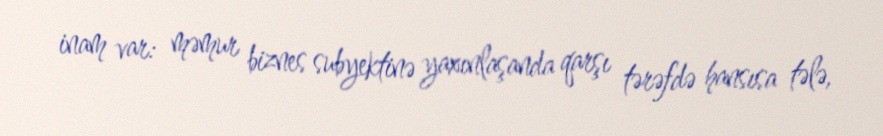
inam var: məmur biznes subyektinə yaxınlaşanda qarşı tərəfdə hansısa tələ,